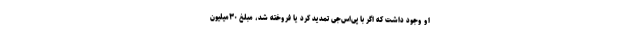
او وجود داشت که اگر با پی‌اس‌جی تمدید کرد یا فروخته شد، مبلغ ۳۰میلیون